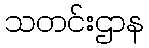
သတင်းဌာန